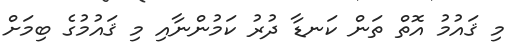
މި ޤައުމު އޮތް ތަން ކަނޑާ ދުރު ކަމުންނާއި މި ޤައުމުގެ ބިމަށް